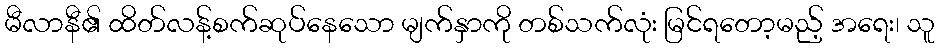
မီလာနီ၏ ထိတ်လန့်စက်ဆုပ်နေသော မျက်နှာကို တစ်သက်လုံး မြင်ရတော့မည့် အရေး၊ သူ